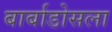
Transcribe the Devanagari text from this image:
बार्बाडोसला